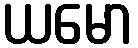
ယမော